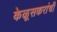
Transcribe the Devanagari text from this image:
केळूसकरांची